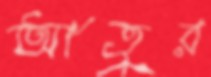
আতুর